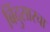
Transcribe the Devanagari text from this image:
बिंदुसारचा